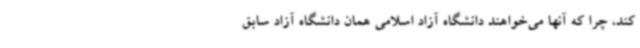
کند، چرا که آنها می‌خواهند دانشگاه آزاد اسلامی همان دانشگاه آزاد سابق